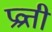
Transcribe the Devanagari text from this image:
प्रव्रत्ती